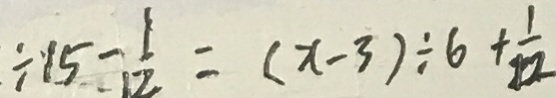
\div 1 5 - \frac { 1 } { 1 2 } = ( x - 3 ) \div 6 + \frac { 1 } { 1 2 }